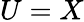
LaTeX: U=X